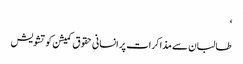
‘
طالبان سے مذاکرات پر انسانی حقوق کمیشن کو تشویش